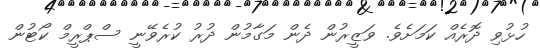
ހުޅުވި ދޮރެއް ކަމަށެވެ. ވަޒީރުން ދެން މަގާމުން ދުރު ކުރެވޭނީ ސްޕްރީމް ކޯޓުން